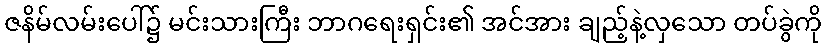
ဇနိမ်လမ်းပေါ်၌ မင်းသားကြီး ဘာဂရေးရှင်း၏ အင်အား ချည့်နဲ့လှသော တပ်ခွဲကို